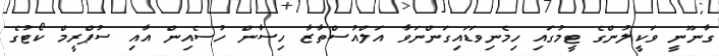
ގާނޫނީ ވަކީލުންގެ ޓީމުގައި ހިމެނިވަޑައިގަންނަވާ އަލްއުސްތާޒާ ހިސާން ހުސެއިން އާއި ސުޕްރީމް ކޯޓުގެ